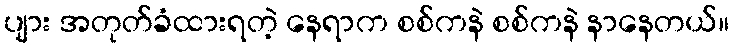
ပျား အတုတ်ခံထားရတဲ့ နေရာက စစ်ကနဲ စစ်ကနဲ နာနေတယ်။